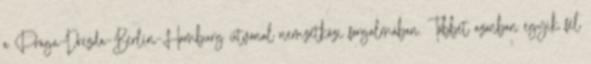
a Prága–Drezda–Berlin–Hamburg útvonal nemzetközi forgalmában. Többet azonban egyik fél